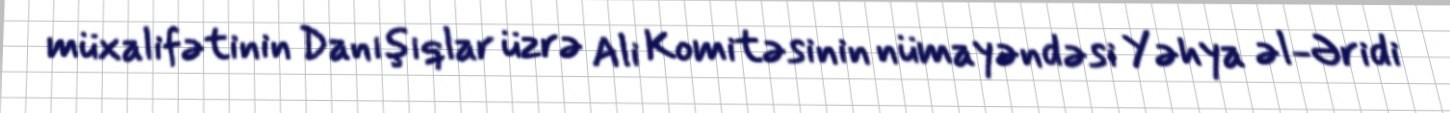
müxalifətinin Danışıqlar üzrə Ali Komitəsinin nümayəndəsi Yəhya əl-Əridi